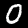
Label: 0